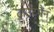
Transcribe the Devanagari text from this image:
ट्राउटमैन